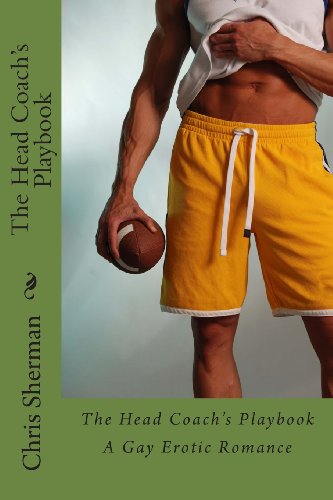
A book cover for The Head Coach's Playbook; Chris Sherman; Romance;